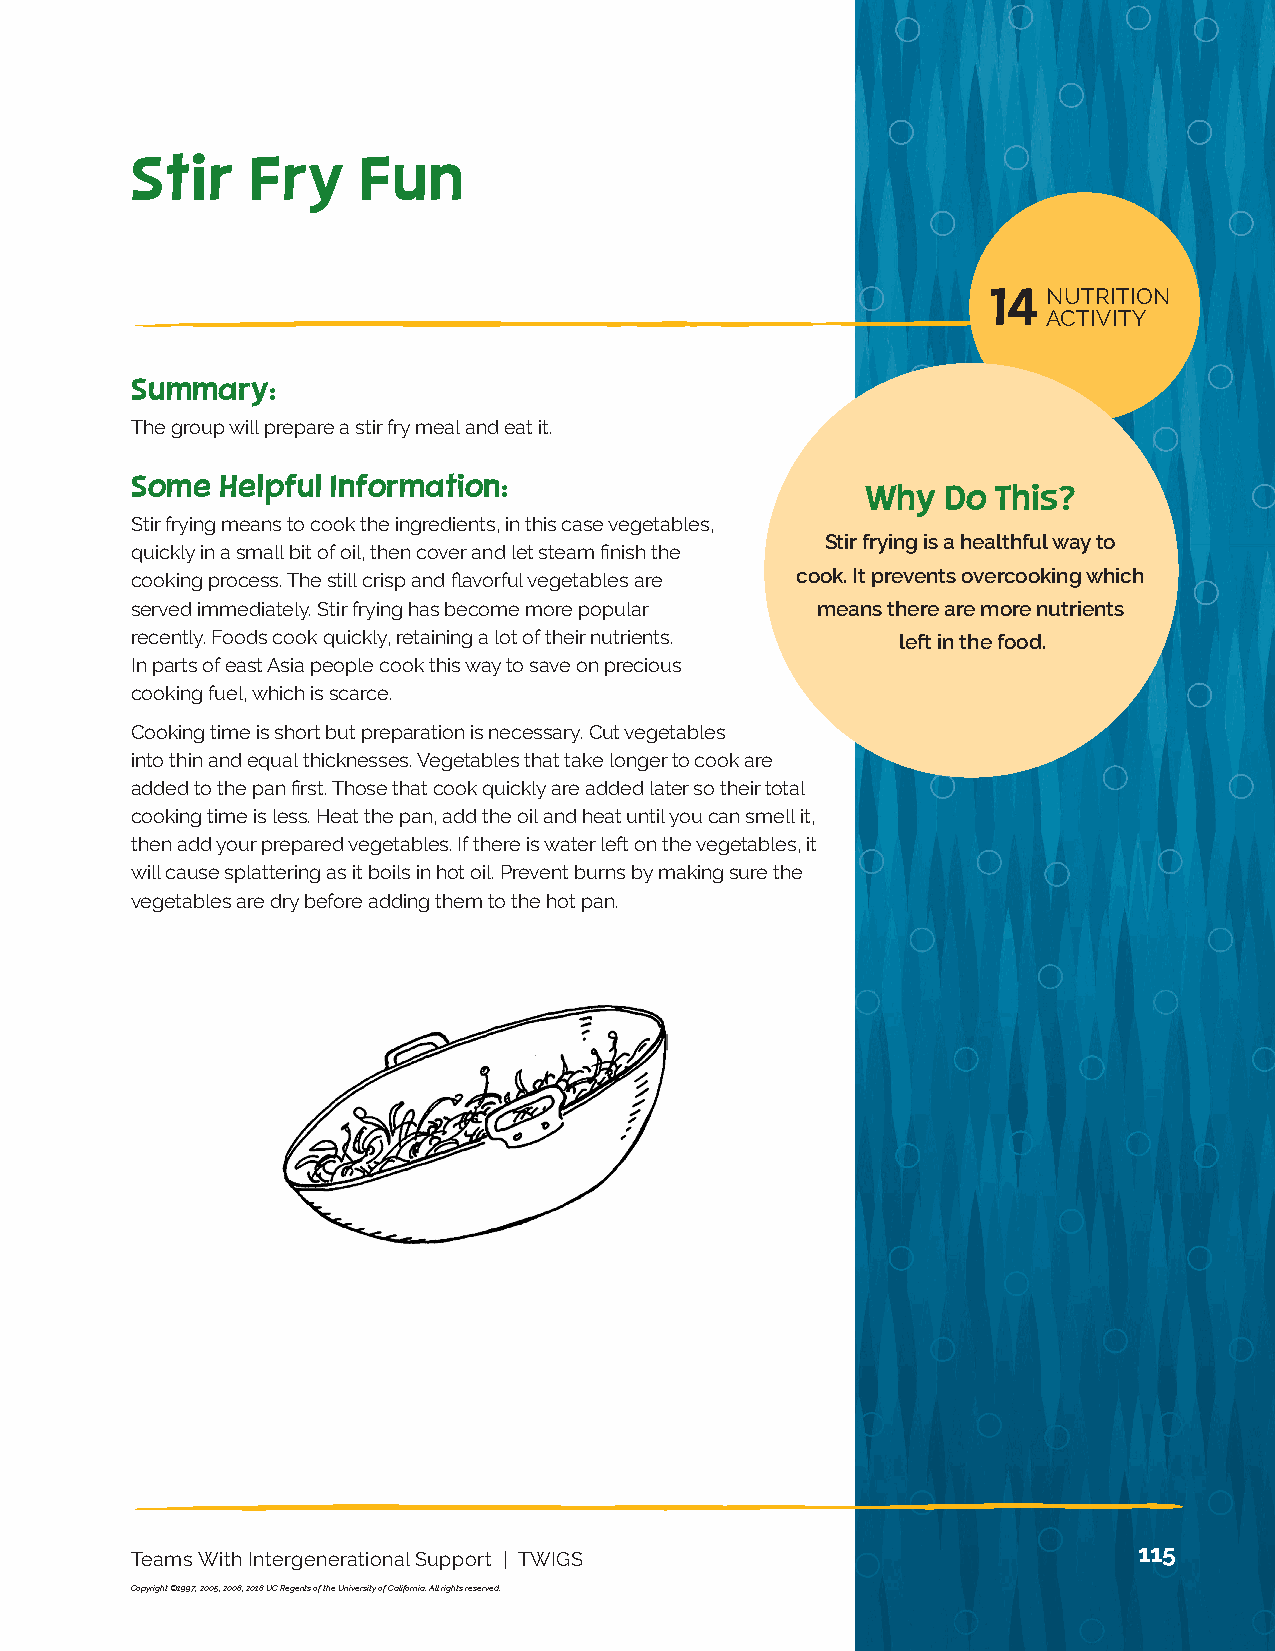
NUTRITION 13
 ACTIVITY
 Stir    Fry    Fun
 14  NUTRITION
 ACTIVITY
 Summary:
 The group will prepare a stir fry meal and eat it.
 Some  Helpful Information:
 Why   Do This?
 Stir frying means to cook the ingredients, in this case vegetables,
 Stir frying is a healthful way to
 quickly in a small bit of oil, then cover and let steam finish the
 cooking process. The still crisp and flavorful vegetables are cook. It prevents overcooking which
 served immediately. Stir frying has become more popular means there are more nutrients
 recently. Foods cook quickly, retaining a lot of their nutrients. left in the food.
 In parts of east Asia people cook this way to save on precious
 cooking fuel, which is scarce.
 Cooking time is short but preparation is necessary. Cut vegetables
 into thin and equal thicknesses. Vegetables that take longer to cook are
 added to the pan first. Those that cook quickly are added later so their total
 cooking time is less. Heat the pan, add the oil and heat until you can smell it,
 then add your prepared vegetables. If there is water left on the vegetables, it
 will cause splattering as it boils in hot oil. Prevent burns by making sure the
 vegetables are dry before adding them to the hot pan.
 115
 Teams With Intergenerational Support | TWIGS
 Copyright ©1997, 2005, 2008, 2018 UC Regents of the University of California. All rights reserved.